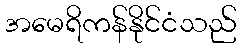
အမေရိကန်နိုင်ငံသည်